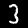
Digit: 3